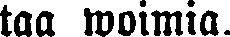
taa woimia.